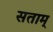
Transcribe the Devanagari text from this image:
सताम्